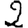
Digit: 2